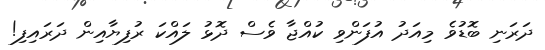
ދަރަނި ބޮޑުވެ މިއަދު އުފަންވި ކުއްޖާ ވެސް ދޮޅު ލައްކަ ރުފިޔާއިން ދަރައިފި!